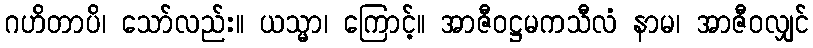
ဂဟိတာပိ၊ သော်လည်း။ ယသ္မာ၊ ကြောင့်။ အာဇီဝဋ္ဌမကသီလံ နာမ၊ အာဇီဝလျှင်